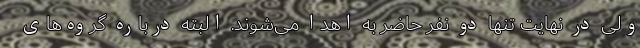
ولی در نهایت تنها دو نفر حاضر به اهدا می‌شوند. البته درباره گروه‌های